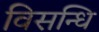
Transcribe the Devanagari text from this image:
विसन्धि